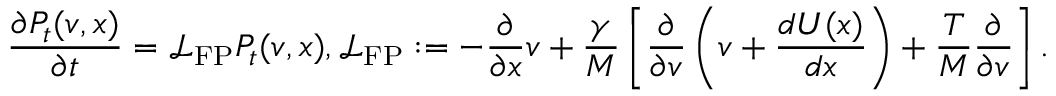
\frac { \partial P _ { t } ( v , x ) } { \partial t } = \mathcal { L } _ { \mathrm { F P } } P _ { t } ( v , x ) , \mathcal { L } _ { \mathrm { F P } } : = - \frac { \partial } { \partial x } v + \frac { \gamma } { M } \left[ \frac { \partial } { \partial v } \left( v + \frac { d U ( x ) } { d x } \right) + \frac { T } { M } \frac { \partial } { \partial v } \right] .